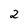
Character: 2